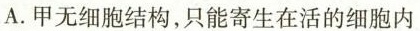
A.甲无细胞结构，只能寄生在活的细胞内